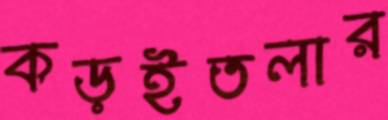
কড়ইতলার